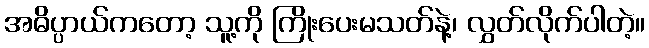
အဓိပ္ပာယ်ကတော့ သူ့ကို ကြိုးပေးမသတ်နဲ့၊ လွှတ်လိုက်ပါတဲ့။